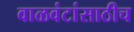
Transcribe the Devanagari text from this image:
वाळवंटांसाठीच